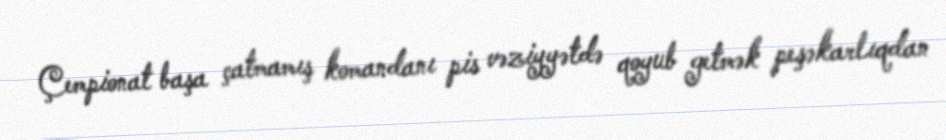
Çempionat başa çatmamış komandanı pis vəziyyətdə qoyub getmək peşəkarlıqdan